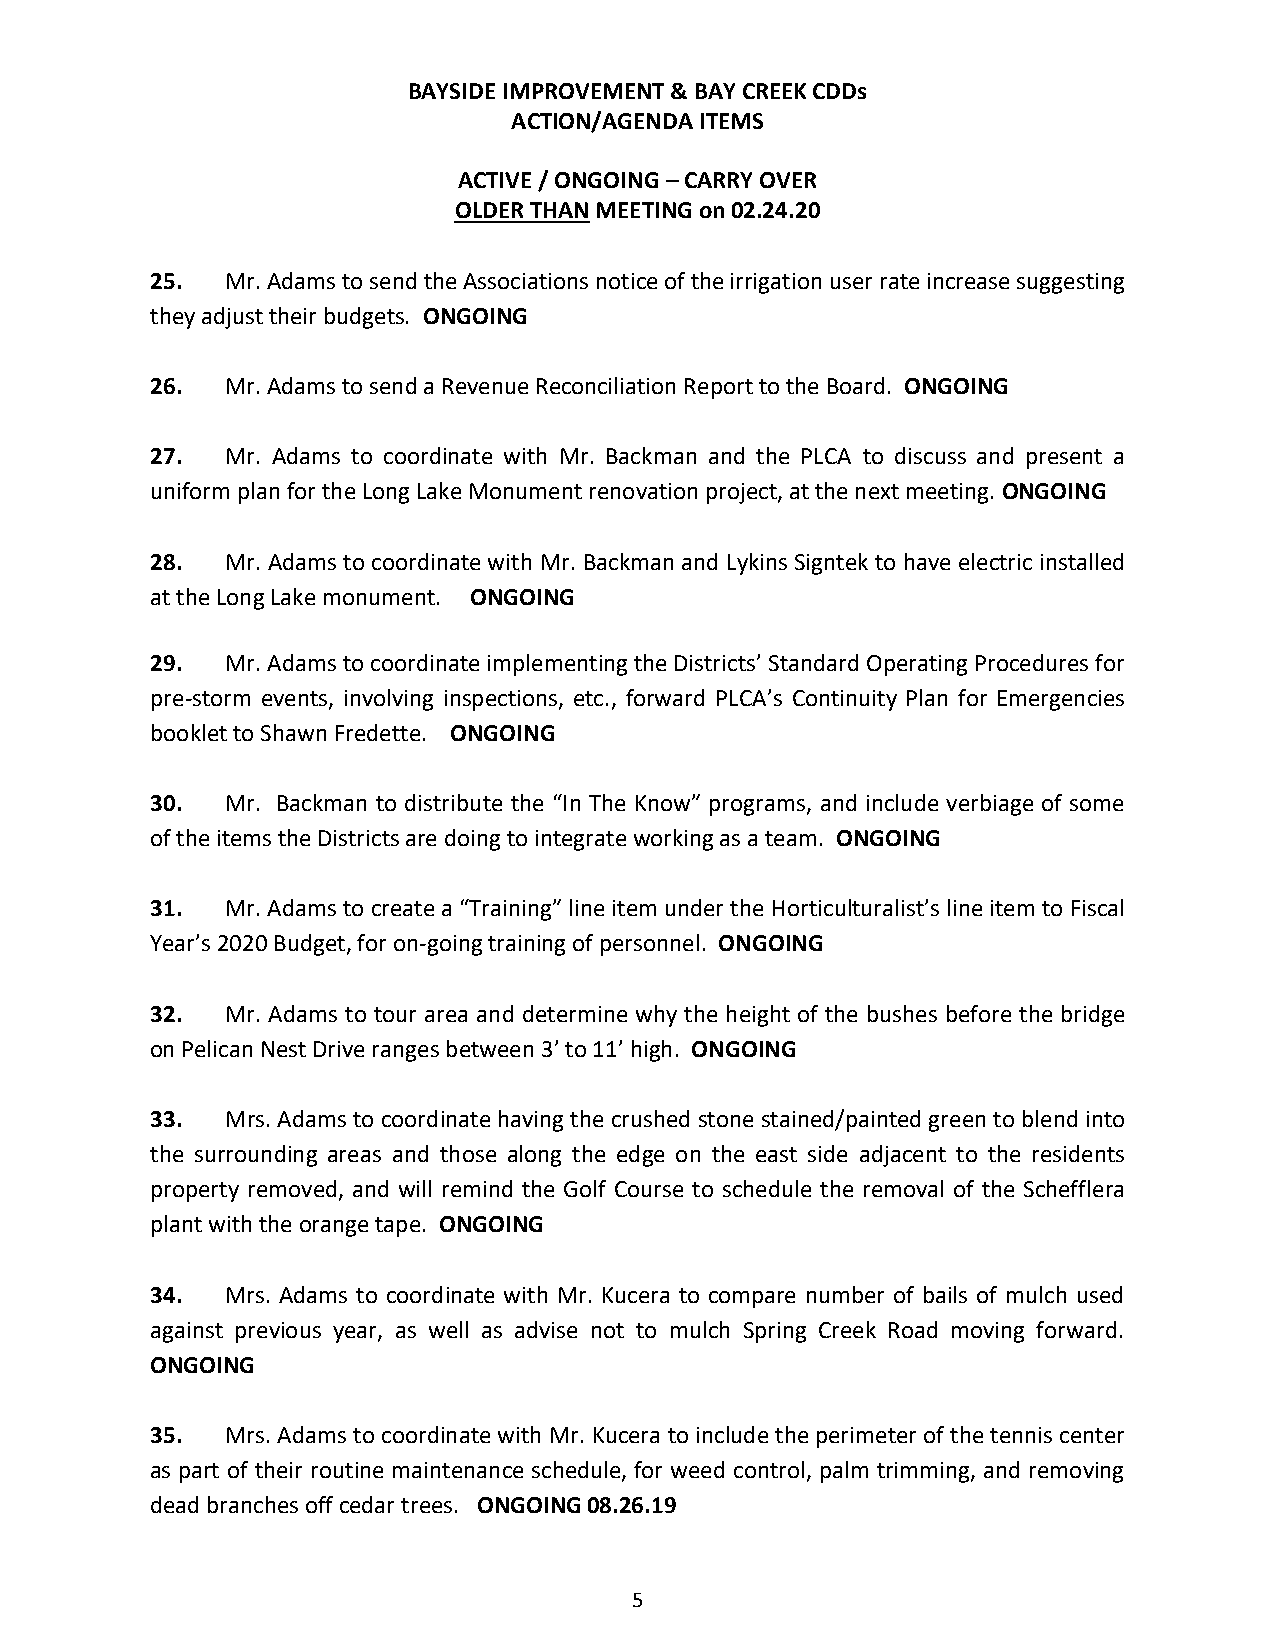
BAYSIDE IMPROVEMENT & BAY CREEK CDDs
 ACTION/AGENDA ITEMS
 ACTIVE / ONGOING – CARRY OVER
 OLDER THAN MEETING on 02.24.20
 25.  Mr. Adams to send the Associations notice of the irrigation user rate increase suggesting
 they adjust their budgets. ONGOING
 26.  Mr. Adams to send a Revenue Reconciliation Report to the Board. ONGOING
 27.  Mr. Adams to coordinate with Mr. Backman and the PLCA to discuss and present a
 uniform plan for the Long Lake Monument renovation project, at the next meeting. ONGOING
 28.  Mr. Adams to coordinate with Mr. Backman and Lykins Signtek to have electric installed
 at the Long Lake monument. ONGOING
 29.  Mr. Adams to coordinate implementing the Districts’ Standard Operating Procedures for
 pre-storm events, involving inspections, etc., forward PLCA’s Continuity Plan for Emergencies
 booklet to Shawn Fredette. ONGOING
 30.  Mr. Backman to distribute the “In The Know” programs, and include verbiage of some
 of the items the Districts are doing to integrate working as a team. ONGOING
 31.  Mr. Adams to create a “Training” line item under the Horticulturalist’s line item to Fiscal
 Year’s 2020 Budget, for on-going training of personnel. ONGOING
 32.  Mr. Adams to tour area and determine why the height of the bushes before the bridge
 on Pelican Nest Drive ranges between 3’ to 11’ high. ONGOING
 33.  Mrs. Adams to coordinate having the crushed stone stained/painted green to blend into
 the surrounding areas and those along the edge on the east side adjacent to the residents
 property removed, and will remind the Golf Course to schedule the removal of the Schefflera
 plant with the orange tape. ONGOING
 34.  Mrs. Adams to coordinate with Mr. Kucera to compare number of bails of mulch used
 against previous year, as well as advise not to mulch Spring Creek Road moving forward.
 ONGOING
 35.  Mrs. Adams to coordinate with Mr. Kucera to include the perimeter of the tennis center
 as part of their routine maintenance schedule, for weed control, palm trimming, and removing
 dead branches off cedar trees. ONGOING 08.26.19
 5